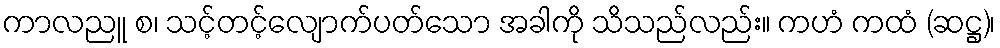
ကာလညူ စ၊ သင့်တင့်လျောက်ပတ်သော အခါကို သိသည်လည်း။ ကဟံ ကထံ (ဆဋ္ဌ)၊